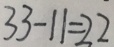
3 3 - 1 1 = 2 2